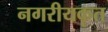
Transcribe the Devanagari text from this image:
नगरीयकृत